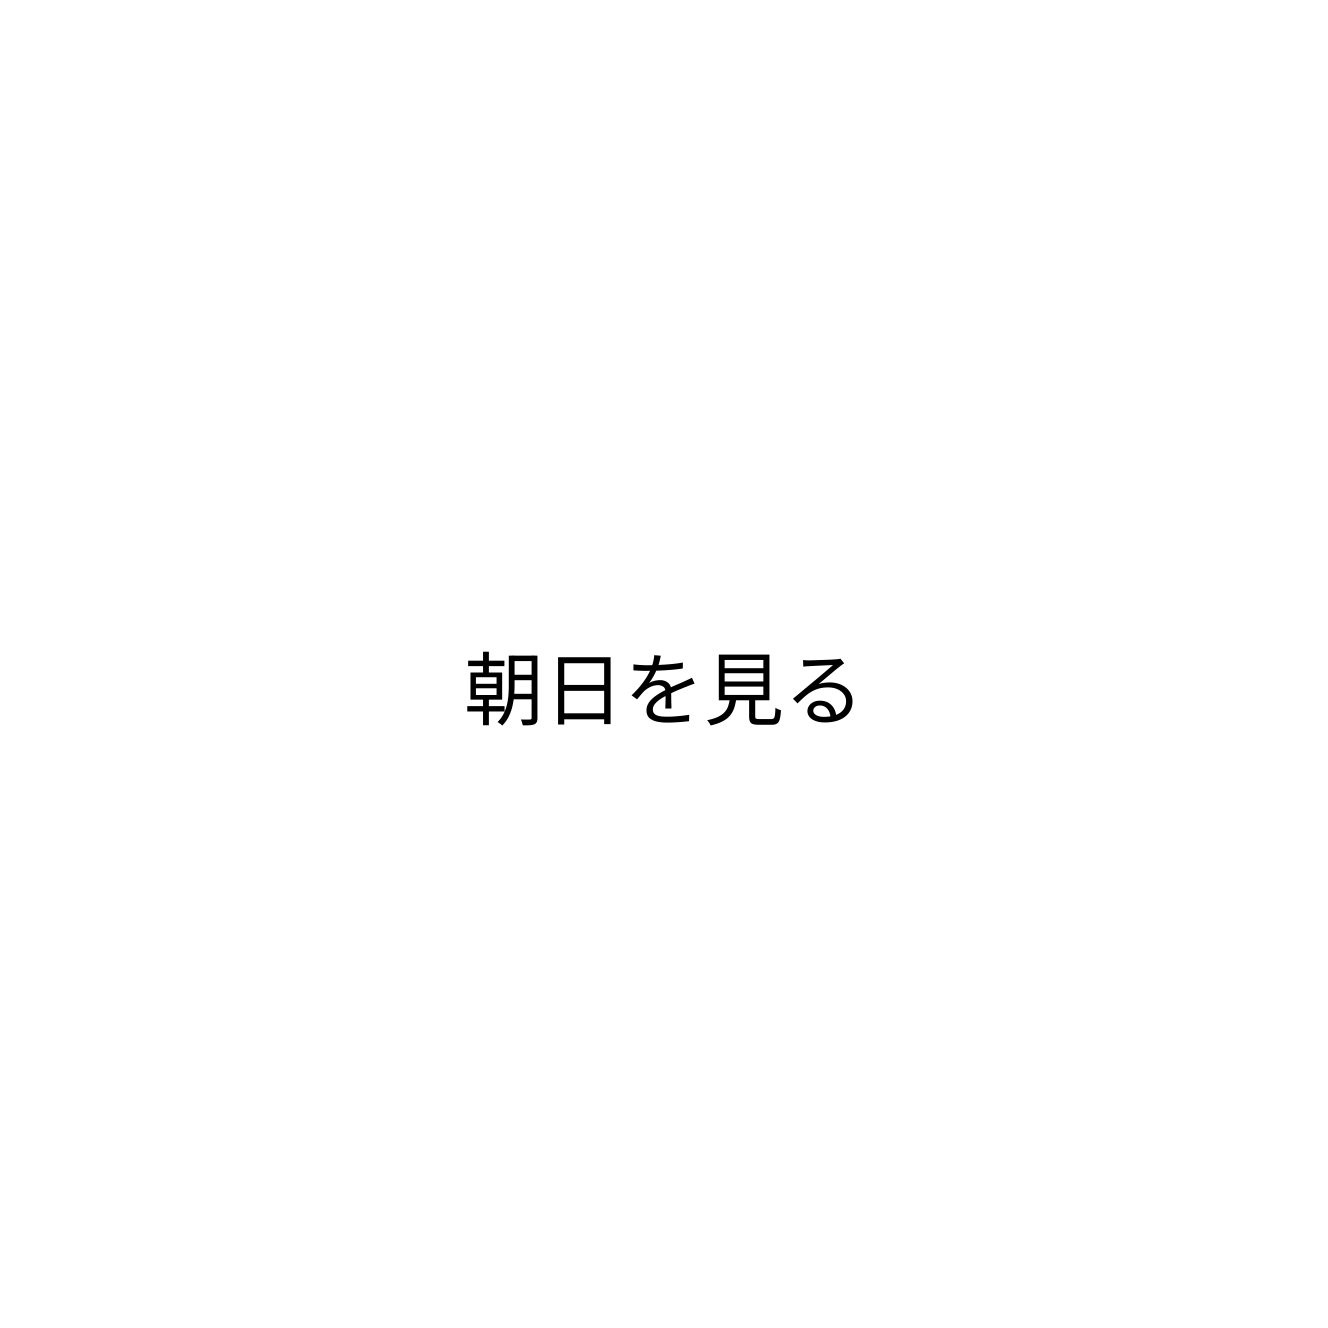
朝日を見る